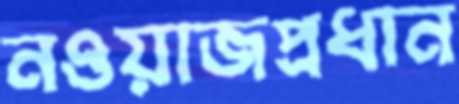
নওয়াজপ্রধান